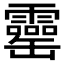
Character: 𦉣